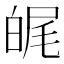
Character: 𤽶